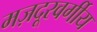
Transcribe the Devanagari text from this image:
मज़दूरवर्गीय